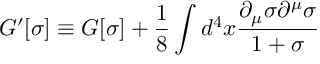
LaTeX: G ^ { \prime } [ \sigma ] \equiv G [ \sigma ] + \frac { 1 } { 8 } \int d ^ { 4 } x \frac { \partial _ { \mu } \sigma \partial ^ { \mu } \sigma } { 1 + \sigma }